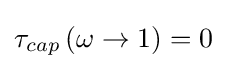
\tau _{cap}\left(\omega \rightarrow 1\right)=0